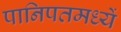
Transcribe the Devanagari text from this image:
पानिपतमध्यें